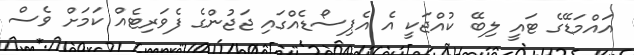
އައްމަޑޭގެ ޓައީ ލިބޭ ކުއްޖަކީ އެ އެޕިސޯޑެއްގައި ޖަޖުންގެ ފެވަރިޓެއް ކަމަށް ވެސް